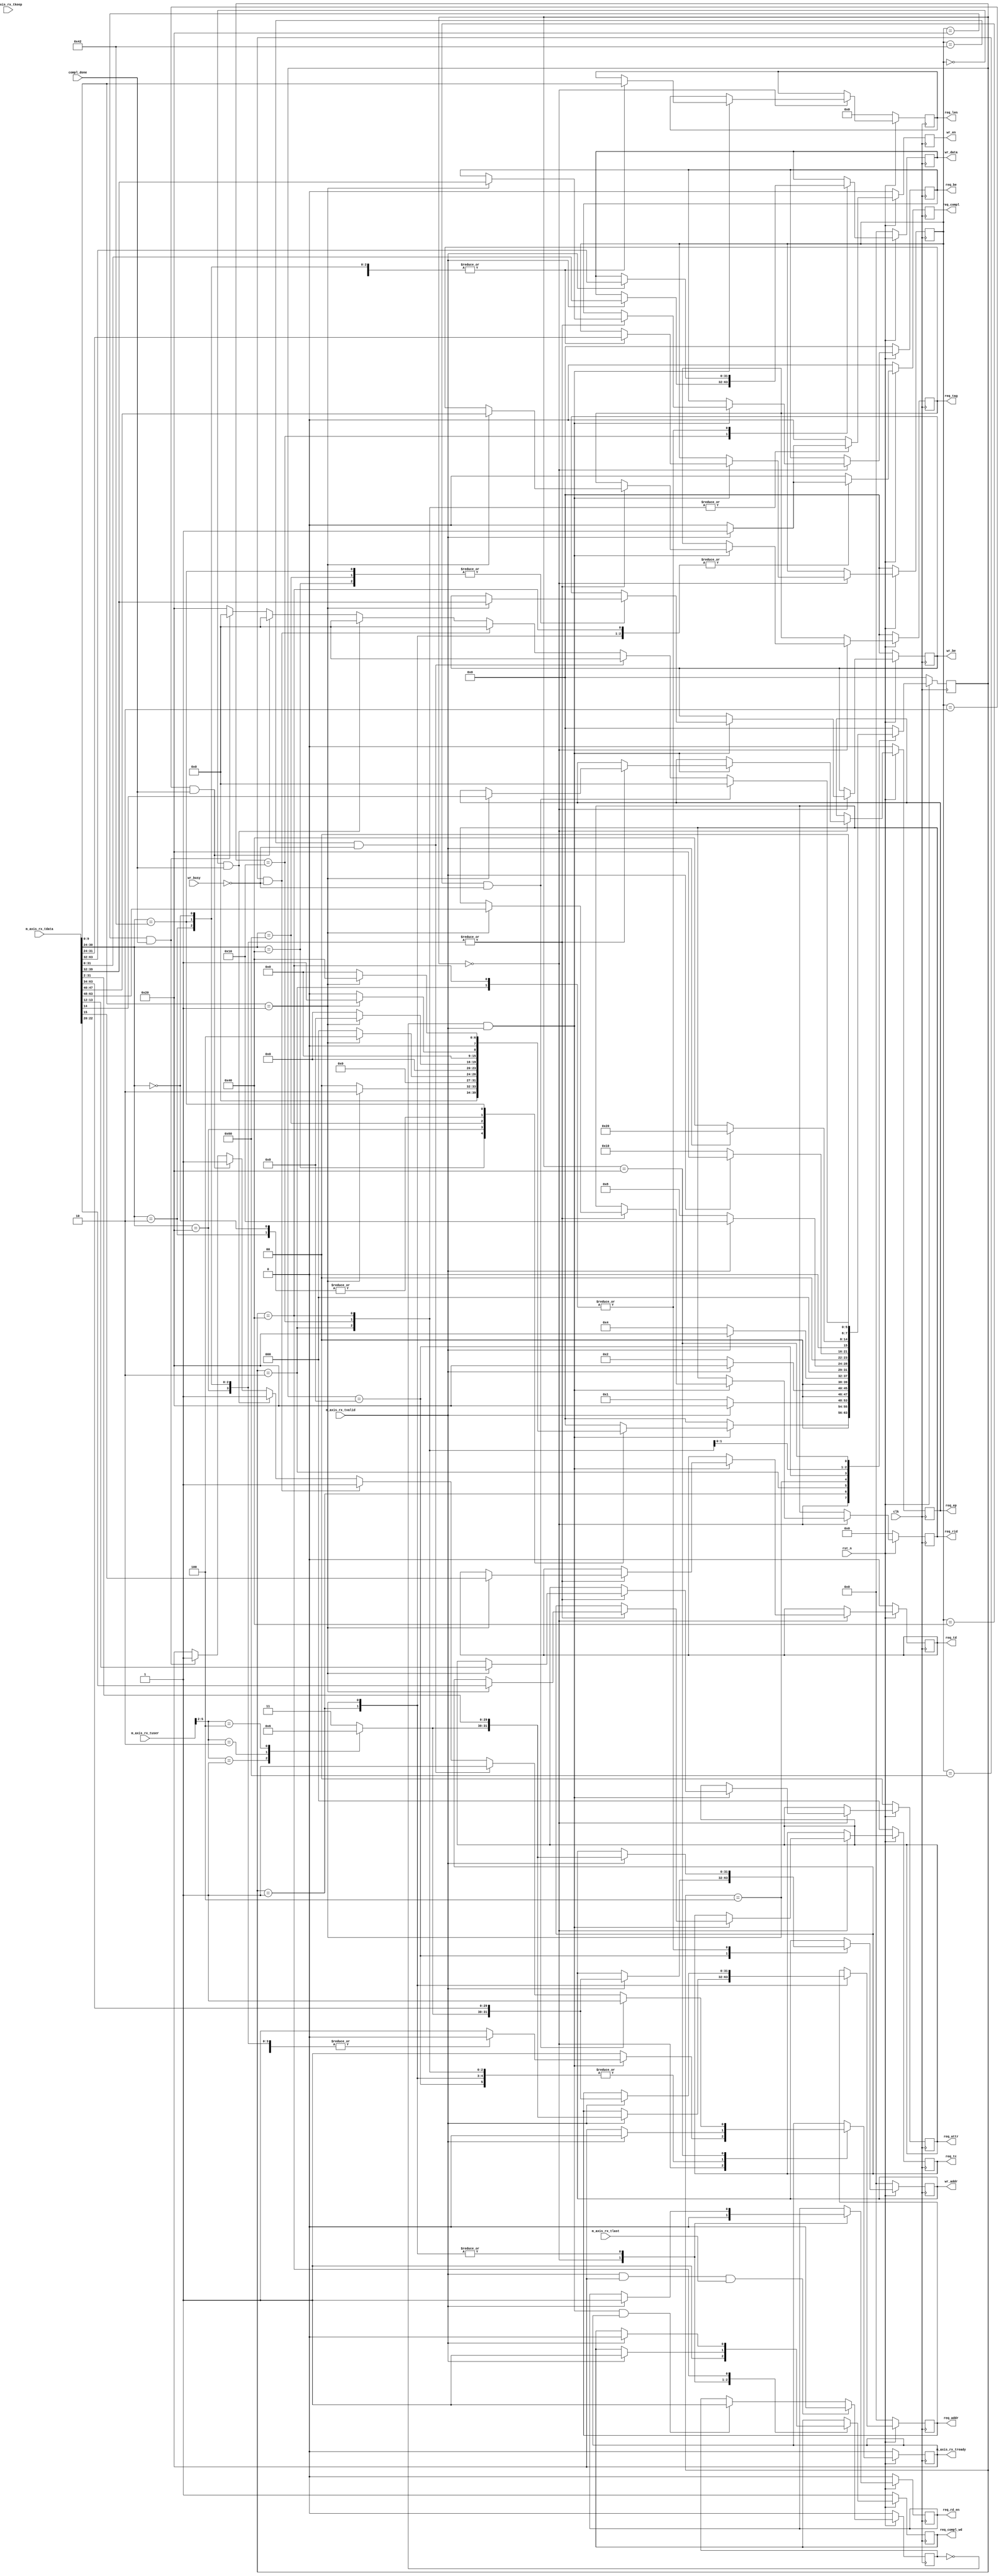

`timescale 1ps/1ps


(* DowngradeIPIdentifiedWarnings = "yes" *)
module PIO_RX_ENGINE  #(
  parameter TCQ = 1,
  parameter C_DATA_WIDTH = 64,            // RX/TX interface data width

  // Do not override parameters below this line
  parameter KEEP_WIDTH = C_DATA_WIDTH / 8               // TSTRB width
) (
  input                         clk,
  input                         rst_n,

  // AXI-S
  input  [C_DATA_WIDTH-1:0]     m_axis_rx_tdata,
  input  [KEEP_WIDTH-1:0]       m_axis_rx_tkeep,
  input                         m_axis_rx_tlast,
  input                         m_axis_rx_tvalid,
  output reg                    m_axis_rx_tready,
  input    [21:0]               m_axis_rx_tuser,


  //  Memory Read data handshake with Completion
  //  transmit unit. Transmit unit reponds to
  //  req_compl assertion and responds with compl_done
  //  assertion when a Completion w/ data is transmitted.


  output reg         req_compl,
  output reg         req_compl_wd,
  input              compl_done,

  output reg [2:0]   req_tc,                        // Memory Read TC
  output reg         req_td,                        // Memory Read TD
  output reg         req_ep,                        // Memory Read EP
  output reg [1:0]   req_attr,                      // Memory Read Attribute
  output reg [9:0]   req_len,                       // Memory Read Length (1DW)
  output reg [15:0]  req_rid,                       // Memory Read Requestor ID
  output reg [7:0]   req_tag,                       // Memory Read Tag
  output reg [7:0]   req_be,                        // Memory Read Byte Enables
  output reg [31:0]  req_addr,                      // Memory Read Address
  output reg         req_rd_en,                     // Memory Read Enable


  // Memory interface used to save 1 DW data received
  // on Memory Write 32 TLP. Data extracted from
  // inbound TLP is presented to the Endpoint memory
  // unit. Endpoint memory unit reacts to wr_en
  // assertion and asserts wr_busy when it is
  // processing written information.


  output reg [31:0]  wr_addr,                       // Memory Write Address
  output reg [7:0]   wr_be,                         // Memory Write Byte Enable
  output reg [31:0]  wr_data,                       // Memory Write Data
  output reg         wr_en,                         // Memory Write Enable
  input              wr_busy                        // Memory Write Busy
);

  localparam PIO_RX_MEM_RD32_FMT_TYPE = 7'b00_00000;
  localparam PIO_RX_MEM_WR32_FMT_TYPE = 7'b10_00000;
  localparam PIO_RX_MEM_RD64_FMT_TYPE = 7'b01_00000;
  localparam PIO_RX_MEM_WR64_FMT_TYPE = 7'b11_00000;
  localparam PIO_RX_IO_RD32_FMT_TYPE  = 7'b00_00010;
  localparam PIO_RX_IO_WR32_FMT_TYPE  = 7'b10_00010;

  localparam PIO_RX_RST_STATE            = 8'b00000000;
  localparam PIO_RX_MEM_RD32_DW1DW2      = 8'b00000001;
  localparam PIO_RX_MEM_WR32_DW1DW2      = 8'b00000010;
  localparam PIO_RX_MEM_RD64_DW1DW2      = 8'b00000100;
  localparam PIO_RX_MEM_WR64_DW1DW2      = 8'b00001000;
  localparam PIO_RX_MEM_WR64_DW3         = 8'b00010000;
  localparam PIO_RX_WAIT_STATE           = 8'b00100000;
  localparam PIO_RX_IO_WR_DW1DW2         = 8'b01000000;
  localparam PIO_RX_IO_MEM_WR_WAIT_STATE = 8'b10000000;


  // Local Registers

  reg [7:0]          state;
  reg [7:0]          tlp_type;

//  wire               io_bar_hit_n; //Not supported
  wire[3:0]            mem32_bar_hit; //Only the first 4 Possible 32 Bit BARS are Supported
//  wire               mem64_bar_hit_n; //Not supported
//  wire               erom_bar_hit_n; //Not supported

  reg [1:0]          region_select;

  generate
    if (C_DATA_WIDTH == 64) begin : pio_rx_sm_64
      wire               sop;                   // Start of packet
      reg                in_packet_q;

      // Generate a signal that indicates if we are currently receiving a packet.
      // This value is one clock cycle delayed from what is actually on the AXIS
      // data bus.
      always@(posedge clk)
      begin
        if(!rst_n)
          in_packet_q <= #   TCQ 1'b0;
        else if (m_axis_rx_tvalid && m_axis_rx_tready && m_axis_rx_tlast)
          in_packet_q <= #   TCQ 1'b0;
        else if (sop && m_axis_rx_tready)
          in_packet_q <= #   TCQ 1'b1;

      end

      assign sop = !in_packet_q && m_axis_rx_tvalid;

      always @ ( posedge clk ) begin

        if (!rst_n )
        begin

          m_axis_rx_tready <= #TCQ 1'b0;

          req_compl    <= #TCQ 1'b0;
          req_compl_wd <= #TCQ 1'b1;

          req_tc       <= #TCQ 3'b0;
          req_td       <= #TCQ 1'b0;
          req_ep       <= #TCQ 1'b0;
          req_attr     <= #TCQ 2'b0;
          req_len      <= #TCQ 10'b0;
          req_rid      <= #TCQ 16'b0;
          req_tag      <= #TCQ 8'b0;
          req_be       <= #TCQ 8'b0;
          req_addr     <= #TCQ 32'b0;
          req_rd_en    <= #TCQ 1'b0;

          wr_be        <= #TCQ 8'b0;
          wr_addr      <= #TCQ 32'b0;
          wr_data      <= #TCQ 32'b0;
          wr_en        <= #TCQ 1'b0;

          state        <= #TCQ PIO_RX_RST_STATE;
          tlp_type     <= #TCQ 8'b0;

        end
        else
        begin

          wr_en        <= #TCQ 1'b0;
          req_compl    <= #TCQ 1'b0;

          case (state)

            PIO_RX_RST_STATE : begin

              m_axis_rx_tready  <= #TCQ 1'b1;
              state             <= #TCQ PIO_RX_RST_STATE;
              req_compl_wd      <= #TCQ 1'b1;
              req_rd_en         <= #TCQ 1'b0;


              if (sop)
              begin

                case (m_axis_rx_tdata[30:24])

                  PIO_RX_MEM_RD32_FMT_TYPE : begin

                    tlp_type     <= #TCQ m_axis_rx_tdata[31:24];
                    req_len      <= #TCQ m_axis_rx_tdata[9:0];
                    m_axis_rx_tready <= #TCQ 1'b0;


                    if (m_axis_rx_tdata[9:0] == 10'b1)
                    begin

                      req_tc     <= #TCQ m_axis_rx_tdata[22:20];
                      req_td     <= #TCQ m_axis_rx_tdata[15];
                      req_ep     <= #TCQ m_axis_rx_tdata[14];
                      req_attr   <= #TCQ m_axis_rx_tdata[13:12];
                      req_len    <= #TCQ m_axis_rx_tdata[9:0];
                      req_rid    <= #TCQ m_axis_rx_tdata[63:48];
                      req_tag    <= #TCQ m_axis_rx_tdata[47:40];
                      req_be     <= #TCQ m_axis_rx_tdata[39:32];
                      state      <= #TCQ PIO_RX_MEM_RD32_DW1DW2;

                    end // if (m_axis_rx_tdata[9:0] == 10'b1)
                    else
                    begin

                      state        <= #TCQ PIO_RX_RST_STATE;

                    end // if !(m_axis_rx_tdata[9:0] == 10'b1)

                  end // PIO_RX_MEM_RD32_FMT_TYPE

                  PIO_RX_MEM_WR32_FMT_TYPE : begin

                    tlp_type     <= #TCQ m_axis_rx_tdata[31:24];
                    req_len      <= #TCQ m_axis_rx_tdata[9:0];
                    m_axis_rx_tready <= #TCQ 1'b0;

                    if (m_axis_rx_tdata[9:0] == 10'b1)
                    begin

                      wr_be      <= #TCQ m_axis_rx_tdata[39:32];
                      state      <= #TCQ PIO_RX_MEM_WR32_DW1DW2;

                    end // if (m_axis_rx_tdata[9:0] == 10'b1)
                    else
                    begin

                      state      <= #TCQ PIO_RX_RST_STATE;

                    end // if !(m_axis_rx_tdata[9:0] == 10'b1)

                  end // PIO_RX_MEM_WR32_FMT_TYPE

                  PIO_RX_MEM_RD64_FMT_TYPE : begin

                    tlp_type     <= #TCQ m_axis_rx_tdata[31:24];
                    req_len      <= #TCQ m_axis_rx_tdata[9:0];
                    m_axis_rx_tready <= #TCQ 1'b0;

                    if (m_axis_rx_tdata[9:0] == 10'b1)
                    begin

                      req_tc     <= #TCQ m_axis_rx_tdata[22:20];
                      req_td     <= #TCQ m_axis_rx_tdata[15];
                      req_ep     <= #TCQ m_axis_rx_tdata[14];
                      req_attr   <= #TCQ m_axis_rx_tdata[13:12];
                      req_len    <= #TCQ m_axis_rx_tdata[9:0];
                      req_rid    <= #TCQ m_axis_rx_tdata[63:48];
                      req_tag    <= #TCQ m_axis_rx_tdata[47:40];
                      req_be     <= #TCQ m_axis_rx_tdata[39:32];
                      state        <= #TCQ PIO_RX_MEM_RD64_DW1DW2;

                    end // if (m_axis_rx_tdata[9:0] == 10'b1)
                    else
                    begin

                      state      <= #TCQ PIO_RX_RST_STATE;

                    end // if !(m_axis_rx_tdata[9:0] == 10'b1)

                  end // PIO_RX_MEM_RD64_FMT_TYPE

                  PIO_RX_MEM_WR64_FMT_TYPE : begin

                    tlp_type     <= #TCQ m_axis_rx_tdata[31:24];
                    req_len      <= #TCQ m_axis_rx_tdata[9:0];

                    if (m_axis_rx_tdata[9:0] == 10'b1) begin

                      wr_be      <= #TCQ m_axis_rx_tdata[39:32];
                      state      <= #TCQ PIO_RX_MEM_WR64_DW1DW2;

                    end // if (m_axis_rx_tdata[9:0] == 10'b1)
                    else
                    begin

                      state      <= #TCQ PIO_RX_RST_STATE;

                    end // if !(m_axis_rx_tdata[9:0] == 10'b1)

                  end // PIO_RX_MEM_WR64_FMT_TYPE


                  PIO_RX_IO_RD32_FMT_TYPE : begin

                    tlp_type     <= #TCQ m_axis_rx_tdata[31:24];
                    req_len      <= #TCQ m_axis_rx_tdata[9:0];
                    m_axis_rx_tready <= #TCQ 1'b0;


                    if (m_axis_rx_tdata[9:0] == 10'b1)
                    begin

                      req_tc     <= #TCQ m_axis_rx_tdata[22:20];
                      req_td     <= #TCQ m_axis_rx_tdata[15];
                      req_ep     <= #TCQ m_axis_rx_tdata[14];
                      req_attr   <= #TCQ m_axis_rx_tdata[13:12];
                      req_len    <= #TCQ m_axis_rx_tdata[9:0];
                      req_rid    <= #TCQ m_axis_rx_tdata[63:48];
                      req_tag    <= #TCQ m_axis_rx_tdata[47:40];
                      req_be     <= #TCQ m_axis_rx_tdata[39:32];
                      state      <= #TCQ PIO_RX_MEM_RD32_DW1DW2;

                    end // if (m_axis_rx_tdata[9:0] == 10'b1)
                    else
                    begin

                      state      <= #TCQ PIO_RX_RST_STATE;

                    end // if !(m_axis_rx_tdata[9:0] == 10'b1)

                  end // PIO_RX_IO_RD32_FMT_TYPE

                  PIO_RX_IO_WR32_FMT_TYPE : begin

                    tlp_type     <= #TCQ m_axis_rx_tdata[31:24];
                    req_len      <= #TCQ m_axis_rx_tdata[9:0];
                    m_axis_rx_tready <= #TCQ 1'b0;

                    if (m_axis_rx_tdata[9:0] == 10'b1)
                    begin

                      req_tc     <= #TCQ m_axis_rx_tdata[22:20];
                      req_td     <= #TCQ m_axis_rx_tdata[15];
                      req_ep     <= #TCQ m_axis_rx_tdata[14];
                      req_attr   <= #TCQ m_axis_rx_tdata[13:12];
                      req_len    <= #TCQ m_axis_rx_tdata[9:0];
                      req_rid    <= #TCQ m_axis_rx_tdata[63:48];
                      req_tag    <= #TCQ m_axis_rx_tdata[47:40];
                      req_be     <= #TCQ m_axis_rx_tdata[39:32];
                      wr_be      <= #TCQ m_axis_rx_tdata[39:32];
                      state      <= #TCQ PIO_RX_IO_WR_DW1DW2;

                    end //if (m_axis_rx_tdata[9:0] == 10'b1)
                    else
                    begin

                      state        <= #TCQ PIO_RX_RST_STATE;

                    end //if !(m_axis_rx_tdata[9:0] == 10'b1)

                  end // PIO_RX_IO_WR32_FMT_TYPE


                  default : begin // other TLPs

                    state        <= #TCQ PIO_RX_RST_STATE;

                  end // default

                endcase

              end // if (sop)
              else
                  state <= #TCQ PIO_RX_RST_STATE;

            end // PIO_RX_RST_STATE

            PIO_RX_MEM_RD32_DW1DW2 : begin

              if (m_axis_rx_tvalid)
              begin

                m_axis_rx_tready <= #TCQ 1'b0;
                req_addr     <= #TCQ {region_select, m_axis_rx_tdata[31:2]};
                req_rd_en    <= #TCQ 1'b1;
                req_compl    <= #TCQ 1'b1;
                req_compl_wd <= #TCQ 1'b1;
                state        <= #TCQ PIO_RX_WAIT_STATE;

              end // if (m_axis_rx_tvalid)
              else
                state        <= #TCQ PIO_RX_MEM_RD32_DW1DW2;

            end // PIO_RX_MEM_RD32_DW1DW2


            PIO_RX_MEM_WR32_DW1DW2 : begin

              if (m_axis_rx_tvalid)
              begin

                wr_data      <= #TCQ m_axis_rx_tdata[63:32];
                wr_en        <= #TCQ 1'b1;
                m_axis_rx_tready <= #TCQ 1'b0;
                wr_addr      <= #TCQ {region_select, m_axis_rx_tdata[31:2]};
                state        <= #TCQ  PIO_RX_WAIT_STATE;

              end // if (m_axis_rx_tvalid)
              else
                state        <= #TCQ PIO_RX_MEM_WR32_DW1DW2;

            end // PIO_RX_MEM_WR32_DW1DW2


            PIO_RX_MEM_RD64_DW1DW2 : begin

              if (m_axis_rx_tvalid)
              begin

                req_addr     <= #TCQ {region_select, m_axis_rx_tdata[63:34]};
                req_rd_en    <= #TCQ 1'b1;
                req_compl    <= #TCQ 1'b1;
                req_compl_wd <= #TCQ 1'b1;
                m_axis_rx_tready <= #TCQ 1'b0;
                state        <= #TCQ PIO_RX_WAIT_STATE;

              end // if (m_axis_rx_tvalid)
              else
                state        <= #TCQ PIO_RX_MEM_RD64_DW1DW2;

            end // PIO_RX_MEM_RD64_DW1DW2


            PIO_RX_MEM_WR64_DW1DW2 : begin

              if (m_axis_rx_tvalid)
              begin

                m_axis_rx_tready <= #TCQ 1'b0;
                wr_addr        <= #TCQ {region_select, m_axis_rx_tdata[63:34]};
                state          <= #TCQ  PIO_RX_MEM_WR64_DW3;

              end // if (m_axis_rx_tvalid)
              else
                state          <= #TCQ PIO_RX_MEM_WR64_DW1DW2;

            end // PIO_RX_MEM_WR64_DW1DW2


            PIO_RX_MEM_WR64_DW3 : begin

              if (m_axis_rx_tvalid)
              begin

                wr_data      <= #TCQ m_axis_rx_tdata[31:0];
                wr_en        <= #TCQ 1'b1;
                m_axis_rx_tready <= #TCQ 1'b0;
                state        <= #TCQ PIO_RX_WAIT_STATE;

              end // if (m_axis_rx_tvalid)
              else
                 state        <= #TCQ PIO_RX_MEM_WR64_DW3;

            end // PIO_RX_MEM_WR64_DW3


            PIO_RX_IO_WR_DW1DW2 : begin

              if (m_axis_rx_tvalid)
              begin

                wr_data         <= #TCQ m_axis_rx_tdata[63:32];
                wr_en           <= #TCQ 1'b1;
                m_axis_rx_tready  <= #TCQ 1'b0;
                wr_addr         <= #TCQ {region_select, m_axis_rx_tdata[31:2]};
                req_compl       <= #TCQ 1'b1;
                req_compl_wd    <= #TCQ 1'b0;
                state             <= #TCQ  PIO_RX_WAIT_STATE;

              end // if (m_axis_rx_tvalid)
              else
                state             <= #TCQ PIO_RX_IO_WR_DW1DW2;
            end // PIO_RX_IO_WR_DW1DW2

            PIO_RX_WAIT_STATE : begin

              wr_en      <= #TCQ 1'b0;
              req_compl  <= #TCQ 1'b0;

              if ((tlp_type == PIO_RX_MEM_WR32_FMT_TYPE) && (!wr_busy))
              begin

                m_axis_rx_tready <= #TCQ 1'b1;
                state        <= #TCQ PIO_RX_RST_STATE;

              end // if ((tlp_type == PIO_RX_MEM_WR32_FMT_TYPE) && (!wr_busy))
              else if ((tlp_type == PIO_RX_IO_WR32_FMT_TYPE) && (!wr_busy))
              begin

                m_axis_rx_tready <= #TCQ 1'b1;
                state        <= #TCQ PIO_RX_RST_STATE;

              end // if ((tlp_type == PIO_RX_IO_WR32_FMT_TYPE) && (!wr_busy))
              else if ((tlp_type == PIO_RX_MEM_WR64_FMT_TYPE) && (!wr_busy))
              begin

                m_axis_rx_tready <= #TCQ 1'b1;
                state        <= #TCQ PIO_RX_RST_STATE;

              end // if ((tlp_type == PIO_RX_MEM_WR64_FMT_TYPE) && (!wr_busy))
              else if ((tlp_type == PIO_RX_MEM_RD32_FMT_TYPE) && (compl_done))
              begin

                m_axis_rx_tready <= #TCQ 1'b1;
                state        <= #TCQ PIO_RX_RST_STATE;

              end // if ((tlp_type == PIO_RX_MEM_RD32_FMT_TYPE) && (compl_done))
              else if ((tlp_type == PIO_RX_IO_RD32_FMT_TYPE) && (compl_done))
              begin

                m_axis_rx_tready <= #TCQ 1'b1;
                state        <= #TCQ PIO_RX_RST_STATE;

              end // if ((tlp_type == PIO_RX_IO_RD32_FMT_TYPE) && (compl_done))
              else if ((tlp_type == PIO_RX_MEM_RD64_FMT_TYPE) && (compl_done))
              begin

                m_axis_rx_tready <= #TCQ 1'b1;
                state        <= #TCQ PIO_RX_RST_STATE;

              end // if ((tlp_type == PIO_RX_MEM_RD64_FMT_TYPE) && (compl_done))
              else
                state        <= #TCQ PIO_RX_WAIT_STATE;

            end // PIO_RX_WAIT_STATE

            default : begin
              // default case stmt
              state        <= #TCQ PIO_RX_RST_STATE;
            end // default

          endcase

        end

      end
    end
    else if (C_DATA_WIDTH == 128) begin : pio_rx_sm_128
      // Define where the start of packet happens.  Remember that PCIe dwords
      // start on the right and get filled in to the left of the 128-bit data
      // bus.
      // Start of packet can only happen on byte 0 (right most byte) or on
      // byte 8 (middle byte).
      wire               sof_present = m_axis_rx_tuser[14];
      wire               sof_right = !m_axis_rx_tuser[13] && sof_present;
      wire               sof_mid = m_axis_rx_tuser[13] && sof_present;



      always @ ( posedge clk ) begin
        if (!rst_n )
        begin
          m_axis_rx_tready <= #TCQ 1'b0;
          req_compl    <= #TCQ 1'b0;
          req_compl_wd <= #TCQ 1'b1;
          req_tc       <= #TCQ 3'b0;
          req_td       <= #TCQ 1'b0;
          req_ep       <= #TCQ 1'b0;
          req_attr     <= #TCQ 2'b0;
          req_len      <= #TCQ 10'b0;
          req_rid      <= #TCQ 16'b0;
          req_tag      <= #TCQ 8'b0;
          req_be       <= #TCQ 8'b0;
          req_addr     <= #TCQ 32'b0;
          req_rd_en    <= #TCQ 1'b0;
          wr_be        <= #TCQ 8'b0;
          wr_addr      <= #TCQ 32'b0;
          wr_data      <= #TCQ 32'b0;
          wr_en        <= #TCQ 1'b0;

          state        <= #TCQ PIO_RX_RST_STATE;
          tlp_type     <= #TCQ 8'b0;
        end // if (!rst_n )
        else
        begin
          wr_en        <= #TCQ 1'b0;
          req_compl    <= #TCQ 1'b0;

          case (state)

            PIO_RX_RST_STATE : begin

              m_axis_rx_tready  <= #TCQ 1'b1;
              state             <= #TCQ PIO_RX_RST_STATE;
              req_compl_wd      <= #TCQ 1'b1;
              req_rd_en         <= #TCQ 1'b0;


              // Packet starts in the middle of the 128-bit bus.
              if ((m_axis_rx_tvalid) && (m_axis_rx_tready))
              begin
                if (sof_mid)
                begin
                  tlp_type          <= #TCQ m_axis_rx_tdata[95:88];
                  req_len           <= #TCQ m_axis_rx_tdata[73:64];
                  m_axis_rx_tready  <= #TCQ 1'b0;

                  // Evaluate packet type
                  case (m_axis_rx_tdata[94:88])

                    PIO_RX_MEM_RD32_FMT_TYPE : begin
                      if (m_axis_rx_tdata[73:64] == 10'b1)
                      begin
                        req_tc       <= #TCQ m_axis_rx_tdata[86:84];
                        req_td       <= #TCQ m_axis_rx_tdata[79];
                        req_ep       <= #TCQ m_axis_rx_tdata[78];
                        req_attr     <= #TCQ m_axis_rx_tdata[77:76];
                        req_len      <= #TCQ m_axis_rx_tdata[73:64];
                        req_rid      <= #TCQ m_axis_rx_tdata[127:112];
                        req_tag      <= #TCQ m_axis_rx_tdata[111:104];
                        req_be       <= #TCQ m_axis_rx_tdata[103:96];
                        state        <= #TCQ PIO_RX_MEM_RD32_DW1DW2;
                      end // if (m_axis_rx_tdata[73:64] == 10'b1)
                      else
                      begin
                        state        <= #TCQ PIO_RX_RST_STATE;
                      end // if !(m_axis_rx_tdata[73:64] == 10'b1)
                    end // PIO_RX_MEM_RD32_FMT_TYPE

                    PIO_RX_MEM_WR32_FMT_TYPE : begin
                      if (m_axis_rx_tdata[73:64] == 10'b1)
                      begin
                        wr_be        <= #TCQ m_axis_rx_tdata[103:96];
                        state        <= #TCQ PIO_RX_MEM_WR32_DW1DW2;
                      end // if (m_axis_rx_tdata[73:64] == 10'b1)
                      else
                      begin
                        state        <= #TCQ PIO_RX_RST_STATE;
                      end // if !(m_axis_rx_tdata[73:64] == 10'b1)
                    end // PIO_RX_MEM_WR32_FMT_TYPE

                    PIO_RX_MEM_RD64_FMT_TYPE : begin
                      if (m_axis_rx_tdata[73:64] == 10'b1)
                      begin
                        req_tc       <= #TCQ m_axis_rx_tdata[86:84];
                        req_td       <= #TCQ m_axis_rx_tdata[79];
                        req_ep       <= #TCQ m_axis_rx_tdata[78];
                        req_attr     <= #TCQ m_axis_rx_tdata[77:76];
                        req_len      <= #TCQ m_axis_rx_tdata[73:64];
                        req_rid      <= #TCQ m_axis_rx_tdata[127:112];
                        req_tag      <= #TCQ m_axis_rx_tdata[111:104];
                        req_be       <= #TCQ m_axis_rx_tdata[103:96];
                        state        <= #TCQ PIO_RX_MEM_RD64_DW1DW2;
                      end // if !(m_axis_rx_tdata[73:64] == 10'b1)
                      else
                      begin
                        state        <= #TCQ PIO_RX_RST_STATE;
                      end // if !(m_axis_rx_tdata[73:64] == 10'b1)
                    end // PIO_RX_MEM_RD64_FMT_TYPE

                    PIO_RX_MEM_WR64_FMT_TYPE : begin
                      if (m_axis_rx_tdata[73:64] == 10'b1)
                      begin
                        wr_be        <= #TCQ m_axis_rx_tdata[103:96];
                        state        <= #TCQ PIO_RX_MEM_WR64_DW1DW2;
                      end // if (m_axis_rx_tdata[73:64] == 10'b1)
                      else
                      begin
                        state        <= #TCQ PIO_RX_RST_STATE;
                      end // if !(m_axis_rx_tdata[73:64] == 10'b1)
                    end // PIO_RX_MEM_WR64_FMT_TYPE

                    PIO_RX_IO_RD32_FMT_TYPE : begin
                      if (m_axis_rx_tdata[73:64] == 10'b1)
                      begin
                        req_tc       <= #TCQ m_axis_rx_tdata[86:84];
                        req_td       <= #TCQ m_axis_rx_tdata[79];
                        req_ep       <= #TCQ m_axis_rx_tdata[78];
                        req_attr     <= #TCQ m_axis_rx_tdata[77:76];
                        req_len      <= #TCQ m_axis_rx_tdata[73:64];
                        req_rid      <= #TCQ m_axis_rx_tdata[127:112];
                        req_tag      <= #TCQ m_axis_rx_tdata[111:104];
                        req_be       <= #TCQ m_axis_rx_tdata[103:96];
                        state        <= #TCQ PIO_RX_MEM_RD32_DW1DW2;
                      end // if (m_axis_rx_tdata[73:64] == 10'b1)
                      else
                      begin
                        state        <= #TCQ PIO_RX_RST_STATE;
                      end // if !(m_axis_rx_tdata[73:64] == 10'b1)
                    end // PIO_RX_IO_RD32_FMT_TYPE

                    PIO_RX_IO_WR32_FMT_TYPE : begin
                      if (m_axis_rx_tdata[73:64] == 10'b1)
                      begin
                        req_tc       <= #TCQ m_axis_rx_tdata[86:84];
                        req_td       <= #TCQ m_axis_rx_tdata[79];
                        req_ep       <= #TCQ m_axis_rx_tdata[78];
                        req_attr     <= #TCQ m_axis_rx_tdata[77:76];
                        req_len      <= #TCQ m_axis_rx_tdata[73:64];
                        req_rid      <= #TCQ m_axis_rx_tdata[127:112];
                        req_tag      <= #TCQ m_axis_rx_tdata[111:104];

                        wr_be        <= #TCQ m_axis_rx_tdata[103:96];
                        state        <= #TCQ PIO_RX_MEM_WR32_DW1DW2;
                      end // if (m_axis_rx_tdata[73:64] == 10'b1)
                      else
                      begin
                        state        <= #TCQ PIO_RX_RST_STATE;
                      end // if !(m_axis_rx_tdata[73:64] == 10'b1)
                    end // PIO_RX_IO_WR32_FMT_TYPE

                    default : begin // other TLPs
                      state        <= #TCQ PIO_RX_RST_STATE;
                    end // default
                  endcase // case (m_axis_rx_tdata[94:88])

                // Packet starts on the right of the data bus.  Remember, packets start
                // on the right and are filled to the left.  The data-bus is filled 32-bits
                // (one Dword) at time.

                end
                else if (sof_right)
                begin
                  tlp_type        <= #TCQ m_axis_rx_tdata[31:24];
                  req_len         <= #TCQ m_axis_rx_tdata[9:0];
                  m_axis_rx_tready  <= #TCQ 1'b0;

                  case (m_axis_rx_tdata[30:24])
                    PIO_RX_MEM_RD32_FMT_TYPE : begin
                      if (m_axis_rx_tdata[9:0] == 10'b1)
                      begin
                        req_tc       <= #TCQ m_axis_rx_tdata[22:20];
                        req_td       <= #TCQ m_axis_rx_tdata[15];
                        req_ep       <= #TCQ m_axis_rx_tdata[14];
                        req_attr     <= #TCQ m_axis_rx_tdata[13:12];
                        req_len      <= #TCQ m_axis_rx_tdata[9:0];
                        req_rid      <= #TCQ m_axis_rx_tdata[63:48];
                        req_tag      <= #TCQ m_axis_rx_tdata[47:40];
                        req_be       <= #TCQ m_axis_rx_tdata[39:32];

                        //lower qw
                        req_addr     <= #TCQ {region_select, m_axis_rx_tdata[95:66]};
                        req_rd_en    <= #TCQ 1'b1;
                        req_compl    <= #TCQ 1'b1;
                        req_compl_wd <= #TCQ 1'b1;
                        state        <= #TCQ PIO_RX_WAIT_STATE;
                      end // if (m_axis_rx_tdata[9:0] == 10'b1)
                      else
                      begin
                        state        <= #TCQ PIO_RX_RST_STATE;
                      end // if (m_axis_rx_tdata[9:0] == 10'b1)
                    end // PIO_RX_MEM_RD32_FMT_TYPE

                    PIO_RX_MEM_WR32_FMT_TYPE : begin
                      if (m_axis_rx_tdata[9:0] == 10'b1)
                      begin
                        wr_be        <= #TCQ m_axis_rx_tdata[39:32];

                        //lower qw
                        wr_data      <= #TCQ m_axis_rx_tdata[127:96];
                        wr_en        <= #TCQ 1'b1;
                        wr_addr      <= #TCQ {region_select, m_axis_rx_tdata[95:66]};
                        wr_en        <= #TCQ 1'b1;
                        state        <= #TCQ PIO_RX_WAIT_STATE;
                      end // if (m_axis_rx_tdata[9:0] == 10'b1)
                      else
                      begin
                          state        <= #TCQ PIO_RX_RST_STATE;
                      end // if !(m_axis_rx_tdata[9:0] == 10'b1)
                    end // PIO_RX_MEM_WR32_FMT_TYPE


                    PIO_RX_MEM_RD64_FMT_TYPE : begin
                      if (m_axis_rx_tdata[9:0] == 10'b1)
                      begin
                        req_tc       <= #TCQ m_axis_rx_tdata[22:20];
                        req_td       <= #TCQ m_axis_rx_tdata[15];
                        req_ep       <= #TCQ m_axis_rx_tdata[14];
                        req_attr     <= #TCQ m_axis_rx_tdata[13:12];
                        req_len      <= #TCQ m_axis_rx_tdata[9:0];
                        req_rid      <= #TCQ m_axis_rx_tdata[63:48];
                        req_tag      <= #TCQ m_axis_rx_tdata[47:40];
                        req_be       <= #TCQ m_axis_rx_tdata[39:32];

                        //lower qw
                        // Upper 32-bits of 64-bit address not used, but would be captured
                        // in this state if used.  Upper 32 address bits are on
                        //m_axis_rx_tdata[127:96]
                        req_addr     <= #TCQ {region_select, m_axis_rx_tdata[95:66]};
                        req_rd_en    <= #TCQ 1'b1;
                        req_compl    <= #TCQ 1'b1;
                        req_compl_wd <= #TCQ 1'b1;
                        state        <= #TCQ PIO_RX_WAIT_STATE;
                      end // if (m_axis_rx_tdata[9:0] == 10'b1)
                      else
                      begin
                        state        <= #TCQ PIO_RX_RST_STATE;
                      end // if !(m_axis_rx_tdata[9:0] == 10'b1)
                    end // PIO_RX_MEM_RD64_FMT_TYPE

                    PIO_RX_MEM_WR64_FMT_TYPE : begin
                      if (m_axis_rx_tdata[9:0] == 10'b1)
                      begin
                        wr_be        <= #TCQ m_axis_rx_tdata[39:32];

                        // lower qw
                        wr_addr      <= #TCQ {region_select, m_axis_rx_tdata[95:66]};
                        state        <= #TCQ PIO_RX_MEM_WR64_DW3;
                      end // if (m_axis_rx_tdata[9:0] == 10'b1)
                      else
                      begin
                        state        <= #TCQ PIO_RX_WAIT_STATE;
                      end // if !(m_axis_rx_tdata[9:0] == 10'b1)
                    end // PIO_RX_MEM_WR64_FMT_TYPE


                    PIO_RX_IO_RD32_FMT_TYPE : begin
                      if (m_axis_rx_tdata[9:0] == 10'b1)
                      begin
                        req_tc       <= #TCQ m_axis_rx_tdata[22:20];
                        req_td       <= #TCQ m_axis_rx_tdata[15];
                        req_ep       <= #TCQ m_axis_rx_tdata[14];
                        req_attr     <= #TCQ m_axis_rx_tdata[13:12];
                        req_len      <= #TCQ m_axis_rx_tdata[9:0];
                        req_rid      <= #TCQ m_axis_rx_tdata[63:48];
                        req_tag      <= #TCQ m_axis_rx_tdata[47:40];
                        req_be       <= #TCQ m_axis_rx_tdata[39:32];

                        //lower qw
                        req_addr     <= #TCQ {region_select, m_axis_rx_tdata[95:66]};
                        req_rd_en    <= #TCQ 1'b1;
                        req_compl    <= #TCQ 1'b1;
                        req_compl_wd <= #TCQ 1'b1;
                        state        <= #TCQ PIO_RX_WAIT_STATE;
                      end // if (m_axis_rx_tdata[9:0] == 10'b1)
                      else
                      begin
                        state        <= #TCQ PIO_RX_RST_STATE;
                      end // if !(m_axis_rx_tdata[9:0] == 10'b1)
                    end // PIO_RX_IO_RD32_FMT_TYPE


                    PIO_RX_IO_WR32_FMT_TYPE : begin
                      if (m_axis_rx_tdata[9:0] == 10'b1)
                      begin
                        wr_be        <= #TCQ m_axis_rx_tdata[39:32];

                        //lower qw
                        req_tc       <= #TCQ m_axis_rx_tdata[22:20];
                        req_td       <= #TCQ m_axis_rx_tdata[15];
                        req_ep       <= #TCQ m_axis_rx_tdata[14];
                        req_attr     <= #TCQ m_axis_rx_tdata[13:12];
                        req_len      <= #TCQ m_axis_rx_tdata[9:0];
                        req_rid      <= #TCQ m_axis_rx_tdata[63:48];
                        req_tag      <= #TCQ m_axis_rx_tdata[47:40];

                        wr_data      <= #TCQ m_axis_rx_tdata[127:96];
                        wr_en        <= #TCQ 1'b1;
                        wr_addr      <= #TCQ {region_select, m_axis_rx_tdata[95:66]};
                        wr_en        <= #TCQ 1'b1;
                        req_compl    <= #TCQ 1'b1;
                        req_compl_wd <= #TCQ 1'b0;
                        state        <= #TCQ PIO_RX_WAIT_STATE;
                      end // if (m_axis_rx_tdata[9:0] == 10'b1)
                      else
                      begin
                        state        <= #TCQ PIO_RX_RST_STATE;
                      end // if !(m_axis_rx_tdata[9:0] == 10'b1)
                    end // PIO_RX_IO_WR32_FMT_TYPE

                  endcase // case (m_axis_rx_tdata[30:24])

                end // if (sof_right)
              end
              else // not a start of packet
                state <= #TCQ PIO_RX_RST_STATE;
            end //PIO_RX_RST_STATE

            PIO_RX_MEM_WR64_DW3 : begin
              if (m_axis_rx_tvalid)
              begin
                wr_data        <= #TCQ m_axis_rx_tdata[31:0];
                wr_en          <= #TCQ 1'b1;
                state          <= #TCQ PIO_RX_WAIT_STATE;
              end // if (m_axis_rx_tvalid)
              else
              begin
                state          <= #TCQ PIO_RX_MEM_WR64_DW3;
              end // if !(m_axis_rx_tvalid)
            end // PIO_RX_MEM_WR64_DW3

            PIO_RX_MEM_RD32_DW1DW2 : begin
              if (m_axis_rx_tvalid)
              begin
                m_axis_rx_tready  <= #TCQ 1'b0;
                req_addr          <= #TCQ {region_select, m_axis_rx_tdata[31:2]};
                req_rd_en         <= #TCQ 1'b1;
                req_compl         <= #TCQ 1'b1;
                req_compl_wd      <= #TCQ 1'b1;
                state             <= #TCQ PIO_RX_WAIT_STATE;
              end // if (m_axis_rx_tvalid)
              else
              begin
                state             <= #TCQ PIO_RX_MEM_RD32_DW1DW2;
              end // if !(m_axis_rx_tvalid)
            end // PIO_RX_MEM_RD32_DW1DW2


            PIO_RX_MEM_WR32_DW1DW2 : begin
              if (m_axis_rx_tvalid)
              begin
                wr_data           <= #TCQ m_axis_rx_tdata[63:32];
                wr_en             <= #TCQ 1'b1;
                m_axis_rx_tready  <= #TCQ 1'b0;
                wr_addr           <= #TCQ {region_select, m_axis_rx_tdata[31:2]};
                state             <= #TCQ  PIO_RX_WAIT_STATE;
              end // if (m_axis_rx_tvalid)
              else
              begin
                state             <= #TCQ PIO_RX_MEM_WR32_DW1DW2;
              end // if !(m_axis_rx_tvalid)
            end // PIO_RX_MEM_WR32_DW1DW2


            PIO_RX_IO_WR_DW1DW2 : begin
              if (m_axis_rx_tvalid)
              begin
                wr_data           <= #TCQ m_axis_rx_tdata[63:32];
                wr_en             <= #TCQ 1'b1;
                m_axis_rx_tready  <= #TCQ 1'b0;
                wr_addr           <= #TCQ {region_select, m_axis_rx_tdata[31:2]};
                req_compl         <= #TCQ 1'b1;
                req_compl_wd      <= #TCQ 1'b0;
                state             <= #TCQ  PIO_RX_WAIT_STATE;
              end // if (m_axis_rx_tvalid)
              else
              begin
                state             <= #TCQ PIO_RX_MEM_WR32_DW1DW2;
              end // if !(m_axis_rx_tvalid)
            end // PIO_RX_IO_WR_DW1DW2


            PIO_RX_MEM_RD64_DW1DW2 : begin
              if (m_axis_rx_tvalid)
              begin
                req_addr         <= #TCQ {region_select, m_axis_rx_tdata[31:2]};
                req_rd_en        <= #TCQ 1'b1;
                req_compl        <= #TCQ 1'b1;
                req_compl_wd     <= #TCQ 1'b1;
                m_axis_rx_tready <= #TCQ 1'b0;
                state            <= #TCQ PIO_RX_WAIT_STATE;
              end // if (m_axis_rx_tvalid)
              else
              begin
                state        <= #TCQ PIO_RX_MEM_RD64_DW1DW2;
              end // if !(m_axis_rx_tvalid)
            end // PIO_RX_MEM_RD64_DW1DW2


            PIO_RX_MEM_WR64_DW1DW2 : begin
              if (m_axis_rx_tvalid)
              begin
                m_axis_rx_tready  <= #TCQ 1'b0;
                wr_addr           <= #TCQ {region_select, m_axis_rx_tdata[31:2]};
                // lower QW
                wr_data           <= #TCQ m_axis_rx_tdata[95:64];
                wr_en             <= #TCQ 1'b1;
                state             <= #TCQ PIO_RX_WAIT_STATE;
              end // if (m_axis_rx_tvalid)
              else
              begin
                state            <= #TCQ PIO_RX_MEM_WR64_DW1DW2;
              end // if (m_axis_rx_tvalid)
            end // PIO_RX_MEM_WR64_DW1DW2


            PIO_RX_WAIT_STATE : begin

              wr_en      <= #TCQ 1'b0;
              req_compl  <= #TCQ 1'b0;

              if ((tlp_type == PIO_RX_MEM_WR32_FMT_TYPE) &&(!wr_busy))
              begin

                m_axis_rx_tready  <= #TCQ 1'b1;
                state             <= #TCQ PIO_RX_RST_STATE;

              end // if ((tlp_type == PIO_RX_MEM_WR32_FMT_TYPE) &&(!wr_busy))
              else if ((tlp_type == PIO_RX_IO_WR32_FMT_TYPE) && (!wr_busy))
              begin

                m_axis_rx_tready <= #TCQ 1'b1;
                state        <= #TCQ PIO_RX_RST_STATE;

              end // if ((tlp_type == PIO_RX_IO_WR32_FMT_TYPE) && (!compl_done))
              else if ((tlp_type == PIO_RX_MEM_WR64_FMT_TYPE) && (!wr_busy))
              begin

                m_axis_rx_tready <= #TCQ 1'b1;
                state        <= #TCQ PIO_RX_RST_STATE;

              end // if ((tlp_type == PIO_RX_MEM_WR64_FMT_TYPE) && (!wr_busy))
              else if ((tlp_type == PIO_RX_MEM_RD32_FMT_TYPE) && (compl_done))
              begin

                m_axis_rx_tready <= #TCQ 1'b1;
                state        <= #TCQ PIO_RX_RST_STATE;

              end // if ((tlp_type == PIO_RX_MEM_RD32_FMT_TYPE) && (compl_done))
              else if ((tlp_type == PIO_RX_IO_RD32_FMT_TYPE) && (compl_done))
              begin

                m_axis_rx_tready <= #TCQ 1'b1;
                state        <= #TCQ PIO_RX_RST_STATE;

              end // if ((tlp_type == PIO_RX_IO_RD32_FMT_TYPE) && (compl_done))
              else if ((tlp_type == PIO_RX_MEM_RD64_FMT_TYPE) && (compl_done))
              begin

                m_axis_rx_tready <= #TCQ 1'b1;
                state        <= #TCQ PIO_RX_RST_STATE;

              end // if ((tlp_type == PIO_RX_MEM_RD64_FMT_TYPE) && (compl_done))
              else
              begin
                state        <= #TCQ PIO_RX_WAIT_STATE;
              end

            end // PIO_RX_WAIT_STATE

            default : begin
              // default case stmt
              state        <= #TCQ PIO_RX_RST_STATE;
            end // default

          endcase
        end // if rst_n
      end // always
    end // pio_rx_sm_128
  endgenerate

//assign    mem64_bar_hit_n = 1'b1; //Not Supported
//assign    io_bar_hit_n = 1'b1; //NOT Supported
assign    mem32_bar_hit[0] = m_axis_rx_tuser[2];
assign    mem32_bar_hit[1] = m_axis_rx_tuser[3];
assign    mem32_bar_hit[2] = m_axis_rx_tuser[4];
assign    mem32_bar_hit[3] = m_axis_rx_tuser[5];
// Disabled assign    erom_bar_hit_n  = ~(m_axis_rx_tuser[8]);


  always @* begin
//  always@(posedge clk) begin
//      if ((m_axis_rx_tvalid) && (m_axis_rx_tready)) begin
        case (mem32_bar_hit)

          4'b0001 : begin
            region_select <= #TCQ 2'b00;    // Select BAR0 region
          end // 4'b0111

          4'b0010 : begin
            region_select <= #TCQ 2'b01;    // Select BAR1 region
          end // 4'b1011

          4'b0100 : begin
            region_select <= #TCQ 2'b10;    // Select BAR2 region
          end // 4'b1101

          4'b1000 : begin
            region_select <= #TCQ 2'b11;    // Select BAR3 region
          end // 4'b1110

          default : begin
            region_select <= #TCQ 2'b11;    // Error selection will select BAR0 region
          end // default

        endcase // 
//    end // ((m_axis_rx_tvalid) && (m_axis_rx_tready))

  end

  // synthesis translate_off
  reg  [8*20:1] state_ascii;
  always @(state)
  begin
    case (state)
      PIO_RX_RST_STATE              : state_ascii <= #TCQ "RX_RST_STATE";
      PIO_RX_MEM_RD32_DW1DW2        : state_ascii <= #TCQ "RX_MEM_RD32_DW1DW2";
      PIO_RX_MEM_WR32_DW1DW2        : state_ascii <= #TCQ "RX_MEM_WR32_DW1DW2";
      PIO_RX_MEM_RD64_DW1DW2        : state_ascii <= #TCQ "RX_MEM_RD64_DW1DW2";
      PIO_RX_MEM_WR64_DW1DW2        : state_ascii <= #TCQ "RX_MEM_WR64_DW1DW2";
      PIO_RX_MEM_WR64_DW3           : state_ascii <= #TCQ "RX_MEM_WR64_DW3";
      PIO_RX_WAIT_STATE             : state_ascii <= #TCQ "RX_WAIT_STATE";
      PIO_RX_IO_WR_DW1DW2           : state_ascii <= #TCQ "RX_IO_WR_DW1DW2";
      PIO_RX_IO_MEM_WR_WAIT_STATE   : state_ascii <= #TCQ "RX_IO_MEM_WR_WAIT_STATE";
      default                       : state_ascii <= #TCQ "PIO 128 STATE ERR";
    endcase

  end
  // synthesis translate_on

endmodule // PIO_RX_ENGINE